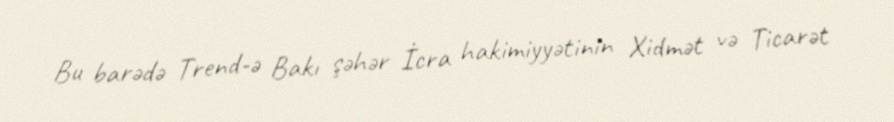
Bu barədə Trend-ə Bakı şəhər İcra hakimiyyətinin Xidmət və Ticarət